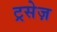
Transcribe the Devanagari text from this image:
ट्रसेज़